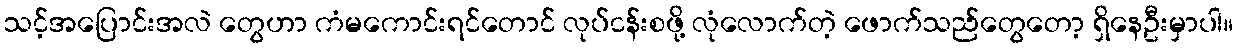
သင့်အပြောင်းအလဲ တွေဟာ ကံမကောင်းရင်တောင် လုပ်ငန်းစဖို့ လုံလောက်တဲ့ ဖောက်သည်တွေတော့ ရှိနေဦးမှာပါ။